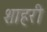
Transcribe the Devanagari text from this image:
शाहरी